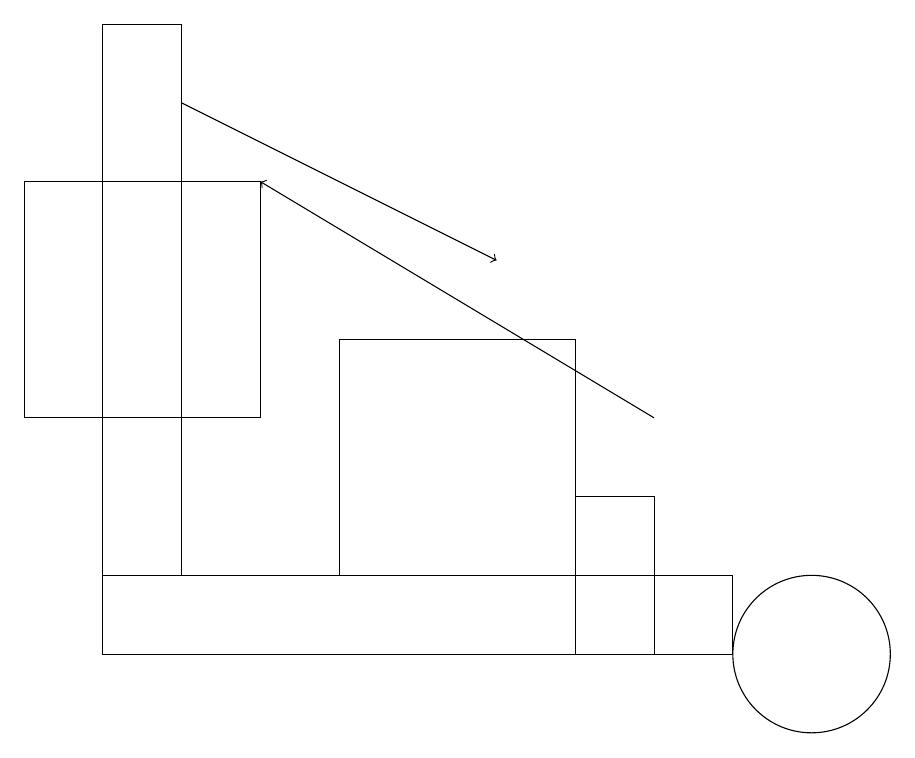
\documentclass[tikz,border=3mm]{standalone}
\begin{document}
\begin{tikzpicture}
\draw (8,13) rectangle (7,11);
\draw (1,12) rectangle (9,11);
\draw (10,11) circle (1);
\draw[->] (8,14) -- (3,17);
\draw[->] (2,18) -- (6,16);
\draw (7,12) rectangle (4,15);
\draw (3,14) rectangle (0,17);
\draw (1,12) rectangle (2,19);
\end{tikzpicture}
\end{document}